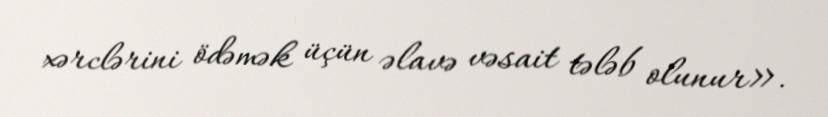
xərclərini ödəmək üçün əlavə vəsait tələb olunur».